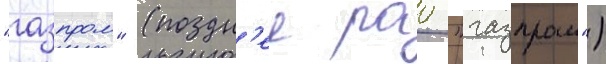
"газпром" (поздн'ее рао "газпром")